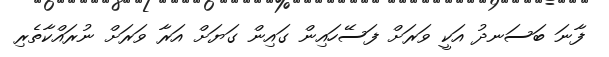
ފާނަ ބަސަނދު އަކީ ވަރަށް ފަސޭހައިން ގައިން ގަޔަށް އަރާ ވަރަށް ނުރައްކާތެރި